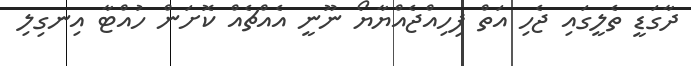
ދާގަޑީ ތެލީގައި ޖެހި އަތް ފިހިއްޖެއްޔާޔޯ ނޫނީ އެއްޗެއް ކޮށަން ހުއްޓާ އިނގިލި